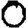
Digit: 0